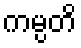
ကမ္ပတိ